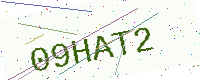
Text: 09HAT2